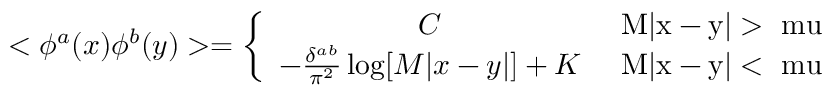
< \phi ^ { a } ( x ) \phi ^ { b } ( y ) > = \left\{ \begin{array} { c c } { { C } } & { { \mathrm { ~ M | x - y | > \ m u ~ } } } \\ { { - \frac { \delta ^ { a b } } { \pi ^ { 2 } } \log [ M | x - y | ] + K } } & { { \mathrm { ~ M | x - y | < \ m u ~ } } } \end{array} \right.